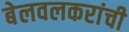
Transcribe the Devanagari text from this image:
बेलवलकरांची